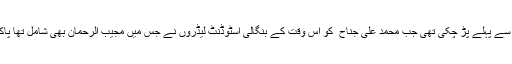
بنگلہ دیش کی تحریک کی بنیاد تو اس وقت سے پہلے پڑ چکی تھی جب محمد علی جناح ؒ کو اس وقت کے بنگالی اسٹوڈنٹ لیڈروں نے جس میں مجیب الرحمان بھی شامل تھا پاکستان کی زبان اردو ہونے پر چیلنج کیا تھا ۔